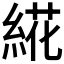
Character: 𰫩